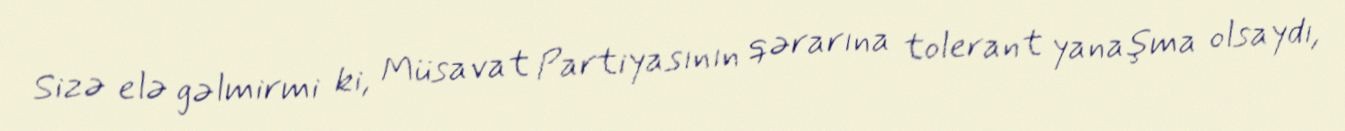
Sizə elə gəlmirmi ki, Müsavat Partiyasının qərarına tolerant yanaşma olsaydı,